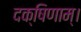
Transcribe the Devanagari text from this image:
दक्षिणाम्‌।